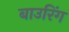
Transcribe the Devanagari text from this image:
बाउरिंग